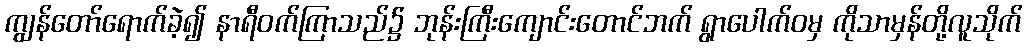
ကျွန်တော်ရောက်ခဲ့၍ နာရီဝက်ကြာသည်၌ ဘုန်းကြီးကျောင်းတောင်ဘက် ရွာပေါက်ဝမှ ကိုသာမှန်တို့လူသိုက်